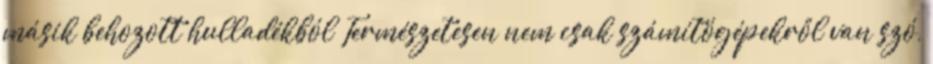
másik behozott hulladékból Természetesen nem csak számítógépekről van szó,